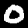
Digit: 0